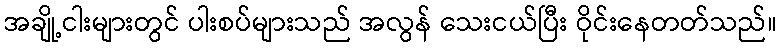
အချို့ငါးများတွင် ပါးစပ်များသည် အလွန် သေးငယ်ပြီး ဝိုင်းနေတတ်သည်။